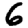
Digit: 6